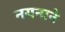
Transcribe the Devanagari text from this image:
नयनाने